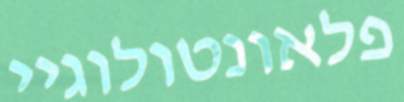
פלאונטולוגיי